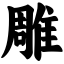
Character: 雕